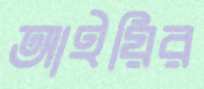
আইয়ির